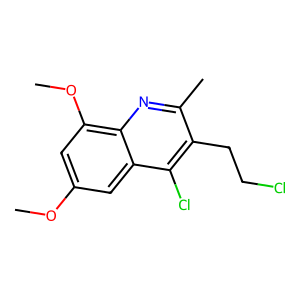
SMILES: COc1cc(OC)c2nc(C)c(CCCl)c(Cl)c2c1
Inhibits HIV replication: No